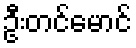
ဦးတင်မောင်